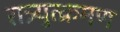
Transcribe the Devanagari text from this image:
रात्र्युत्क्रमण